Senior Leaving Certificate Examination (including Day School Certificate (Higher) General paper), 1947
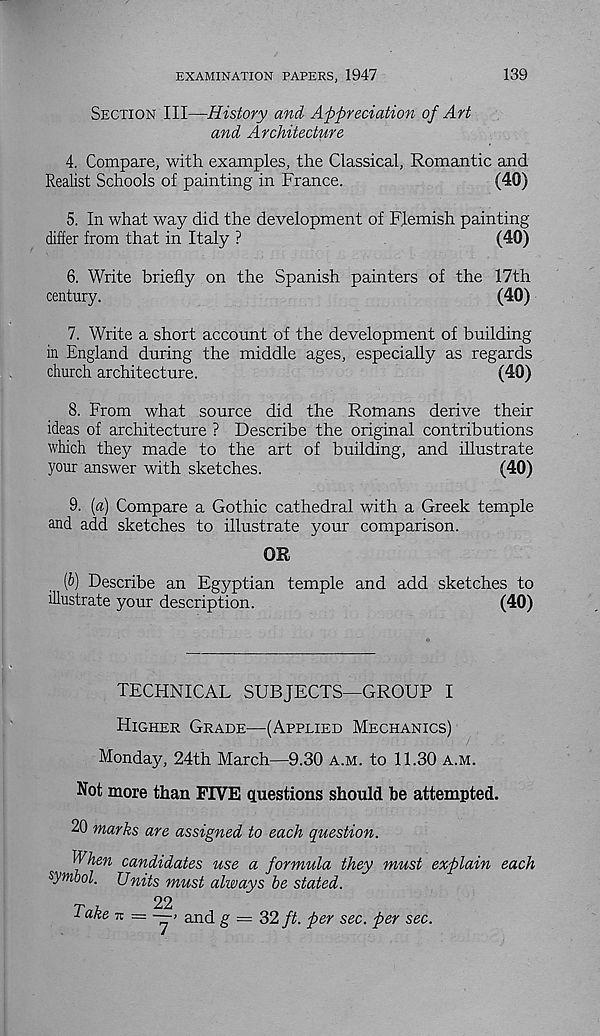
EXAMINATION PAPERS, 1947
139
Section III—History and Appreciation of Art
and Architecture
4. Compare, with examples, the Classical, Romantic and
Realist Schools of painting in France.
(40)
5. In what way did the development of Flemish painting
differ from that in Italy ?
(40)
6. Write briefly on the Spanish painters of the 17th
century.
(40)
7. Write a short account of the development of building
in England during the middle ages, especially as regards
church architecture.
(40)
8. From what source did the Romans derive their
ideas of architecture ? Describe the original contributions
which they made to the art of building, and illustrate
your answer with sketches.
(40)
9. [a] Compare a Gothic cathedral with a Greek temple
and add sketches to illustrate your comparison.
OR
(&) Describe an Egyptian temple and add sketches to
illustrate your description.
(40)
TECHNICAL SUBJECTS—GROUP I
Higher Grade—(Applied Mechanics)
Monday, 24th March—9.30 a.m. to 11.30 a.m.
Not more than FIVE questions should be attempted.
20 marks are assigned to each question.
When candidates use a formula they must explain each
symbol. Units must always be stated.
Tnb
22
■ laae-K = ~> and g — 32 ft. per sec. per sec.